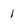
Character: 1